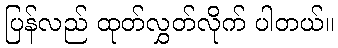
ပြန်လည် ထုတ်လွှတ်လိုက် ပါတယ်။